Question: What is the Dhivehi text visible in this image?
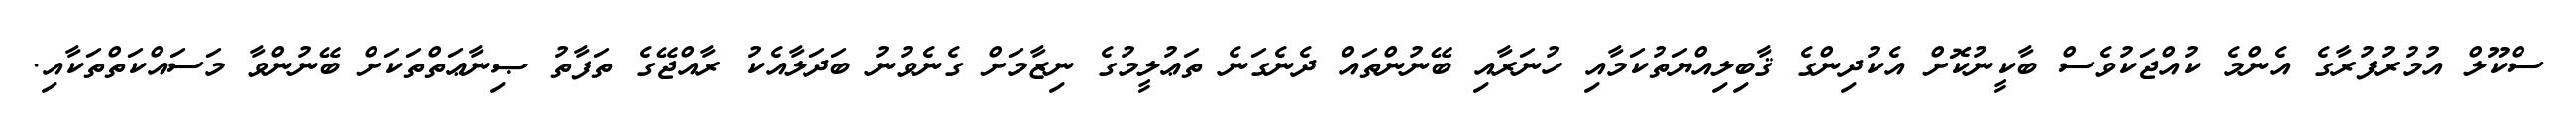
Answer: ސްކޫލް އުމުރުފުރާގެ އެންމެ ކުއްޖަކުވެސް ބާކީނުކޮށް އެކުދިންގެ ޤާބިލިއްޔަތުކަމާއި ހުނަރާއި ބޭނުންތައް ދެނެގަނެ ތަޢުލީމުގެ ނިޒާމަށް ގެނެވުނު ބަދަލާއެކު ރާއްޖޭގެ ތަފާތު ޞިނާޢަތްތަކަށް ބޭނުންވާ މަސައްކަތްތަކާއި.